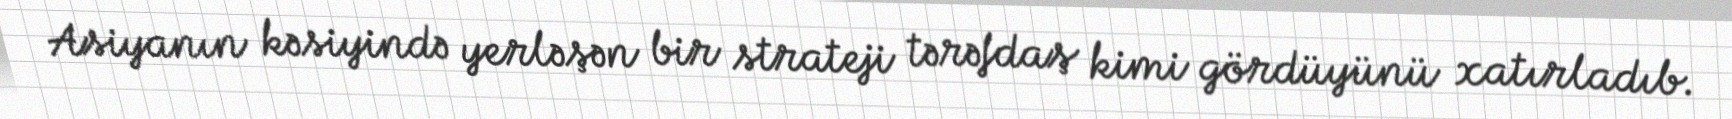
Asiyanın kəsiyində yerləşən bir strateji tərəfdaş kimi gördüyünü xatırladıb.